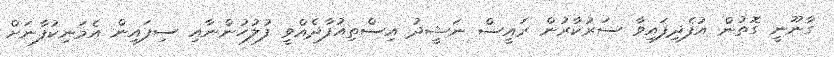
ގާނޫނީ ގޮތުން އުފެދިފައިވާ ސަރުކާރުން ރައީސް ނަޝީދު އިސްތިއުފާދެއްވީ ފުލުހުންނާއި ސިފައިން އެމަނިކުފާނަށް